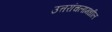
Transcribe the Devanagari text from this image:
उत्तरांचलामधील